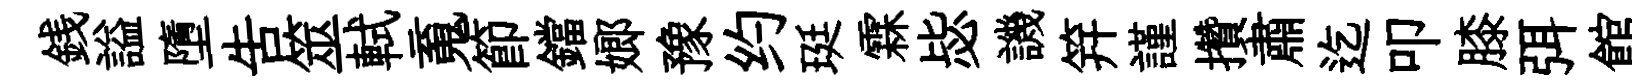
銭謚墮吿筮軾䰟節鐺嫏豫约珽霖毖譏笄謹攢肅迄叩膝弭館